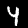
Digit: 4